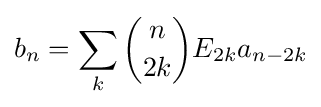
b_{n}=\sum _{k}{\binom {n}{2k}}E_{2k}a_{n-2k}